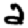
Digit: 2